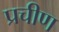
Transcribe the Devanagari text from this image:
प्रचीण